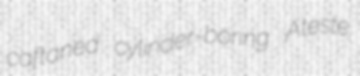
caftaned cylinder-boring Ateste